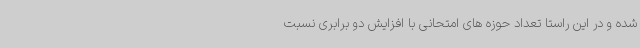
شده و در این راستا تعداد حوزه های امتحانی با افزایش دو برابری نسبت